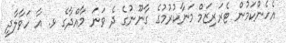
އެހެންކަމުން ޓެރަރިޒަމް މަނާކުރުމުގެ ގާނޫނުގެ ދެ ވަނަ މާއްދާގެ ޅ. އާ ހަވާލާދީ